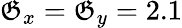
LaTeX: \mathfrak{G}_{x}=\mathfrak{G}_{y}=2.1